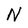
Character: N